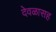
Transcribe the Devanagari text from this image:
देवळासह